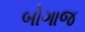
બોગાજ